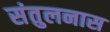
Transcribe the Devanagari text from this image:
संतुलनास